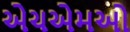
એચએમઓ